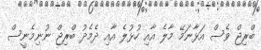
ބްރިޖް ވެސް އަޅާނަމޭ މާލެ އާއި ހުޅުލެ އާއި ދެމެދު ބްރިޖް ނުނިމެނީސް